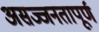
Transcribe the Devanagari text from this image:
असज्जनतापूर्ण